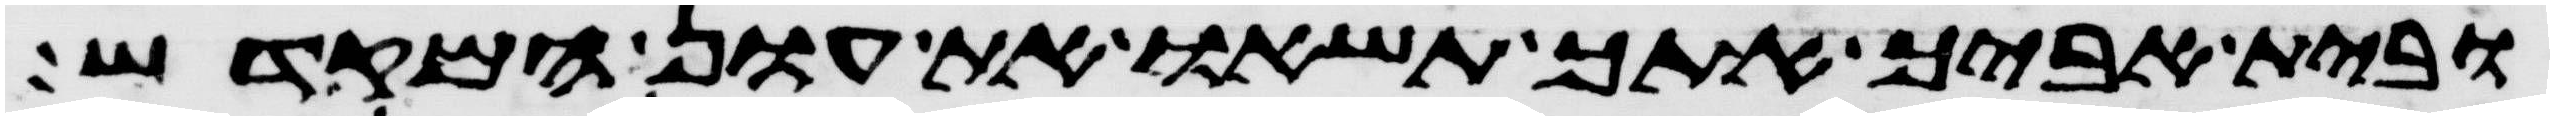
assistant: ובית אביך אתך תשאו את עון המקדש